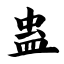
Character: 蛊